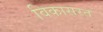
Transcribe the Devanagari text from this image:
विकासरत